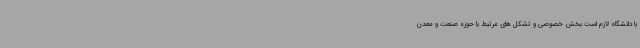
با دانشگاه لازم است بخش خصوصی و تشکل های مرتبط با حوزه صنعت و معدن